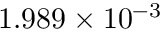
1 . 9 8 9 \times 1 0 ^ { - 3 }